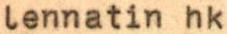
lennatin hk